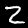
Digit: 2